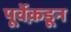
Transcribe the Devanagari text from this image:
पूर्वेक़डून